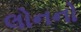
લોનનો